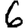
Digit: 6